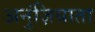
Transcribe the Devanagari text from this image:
अनुंज़ियाता